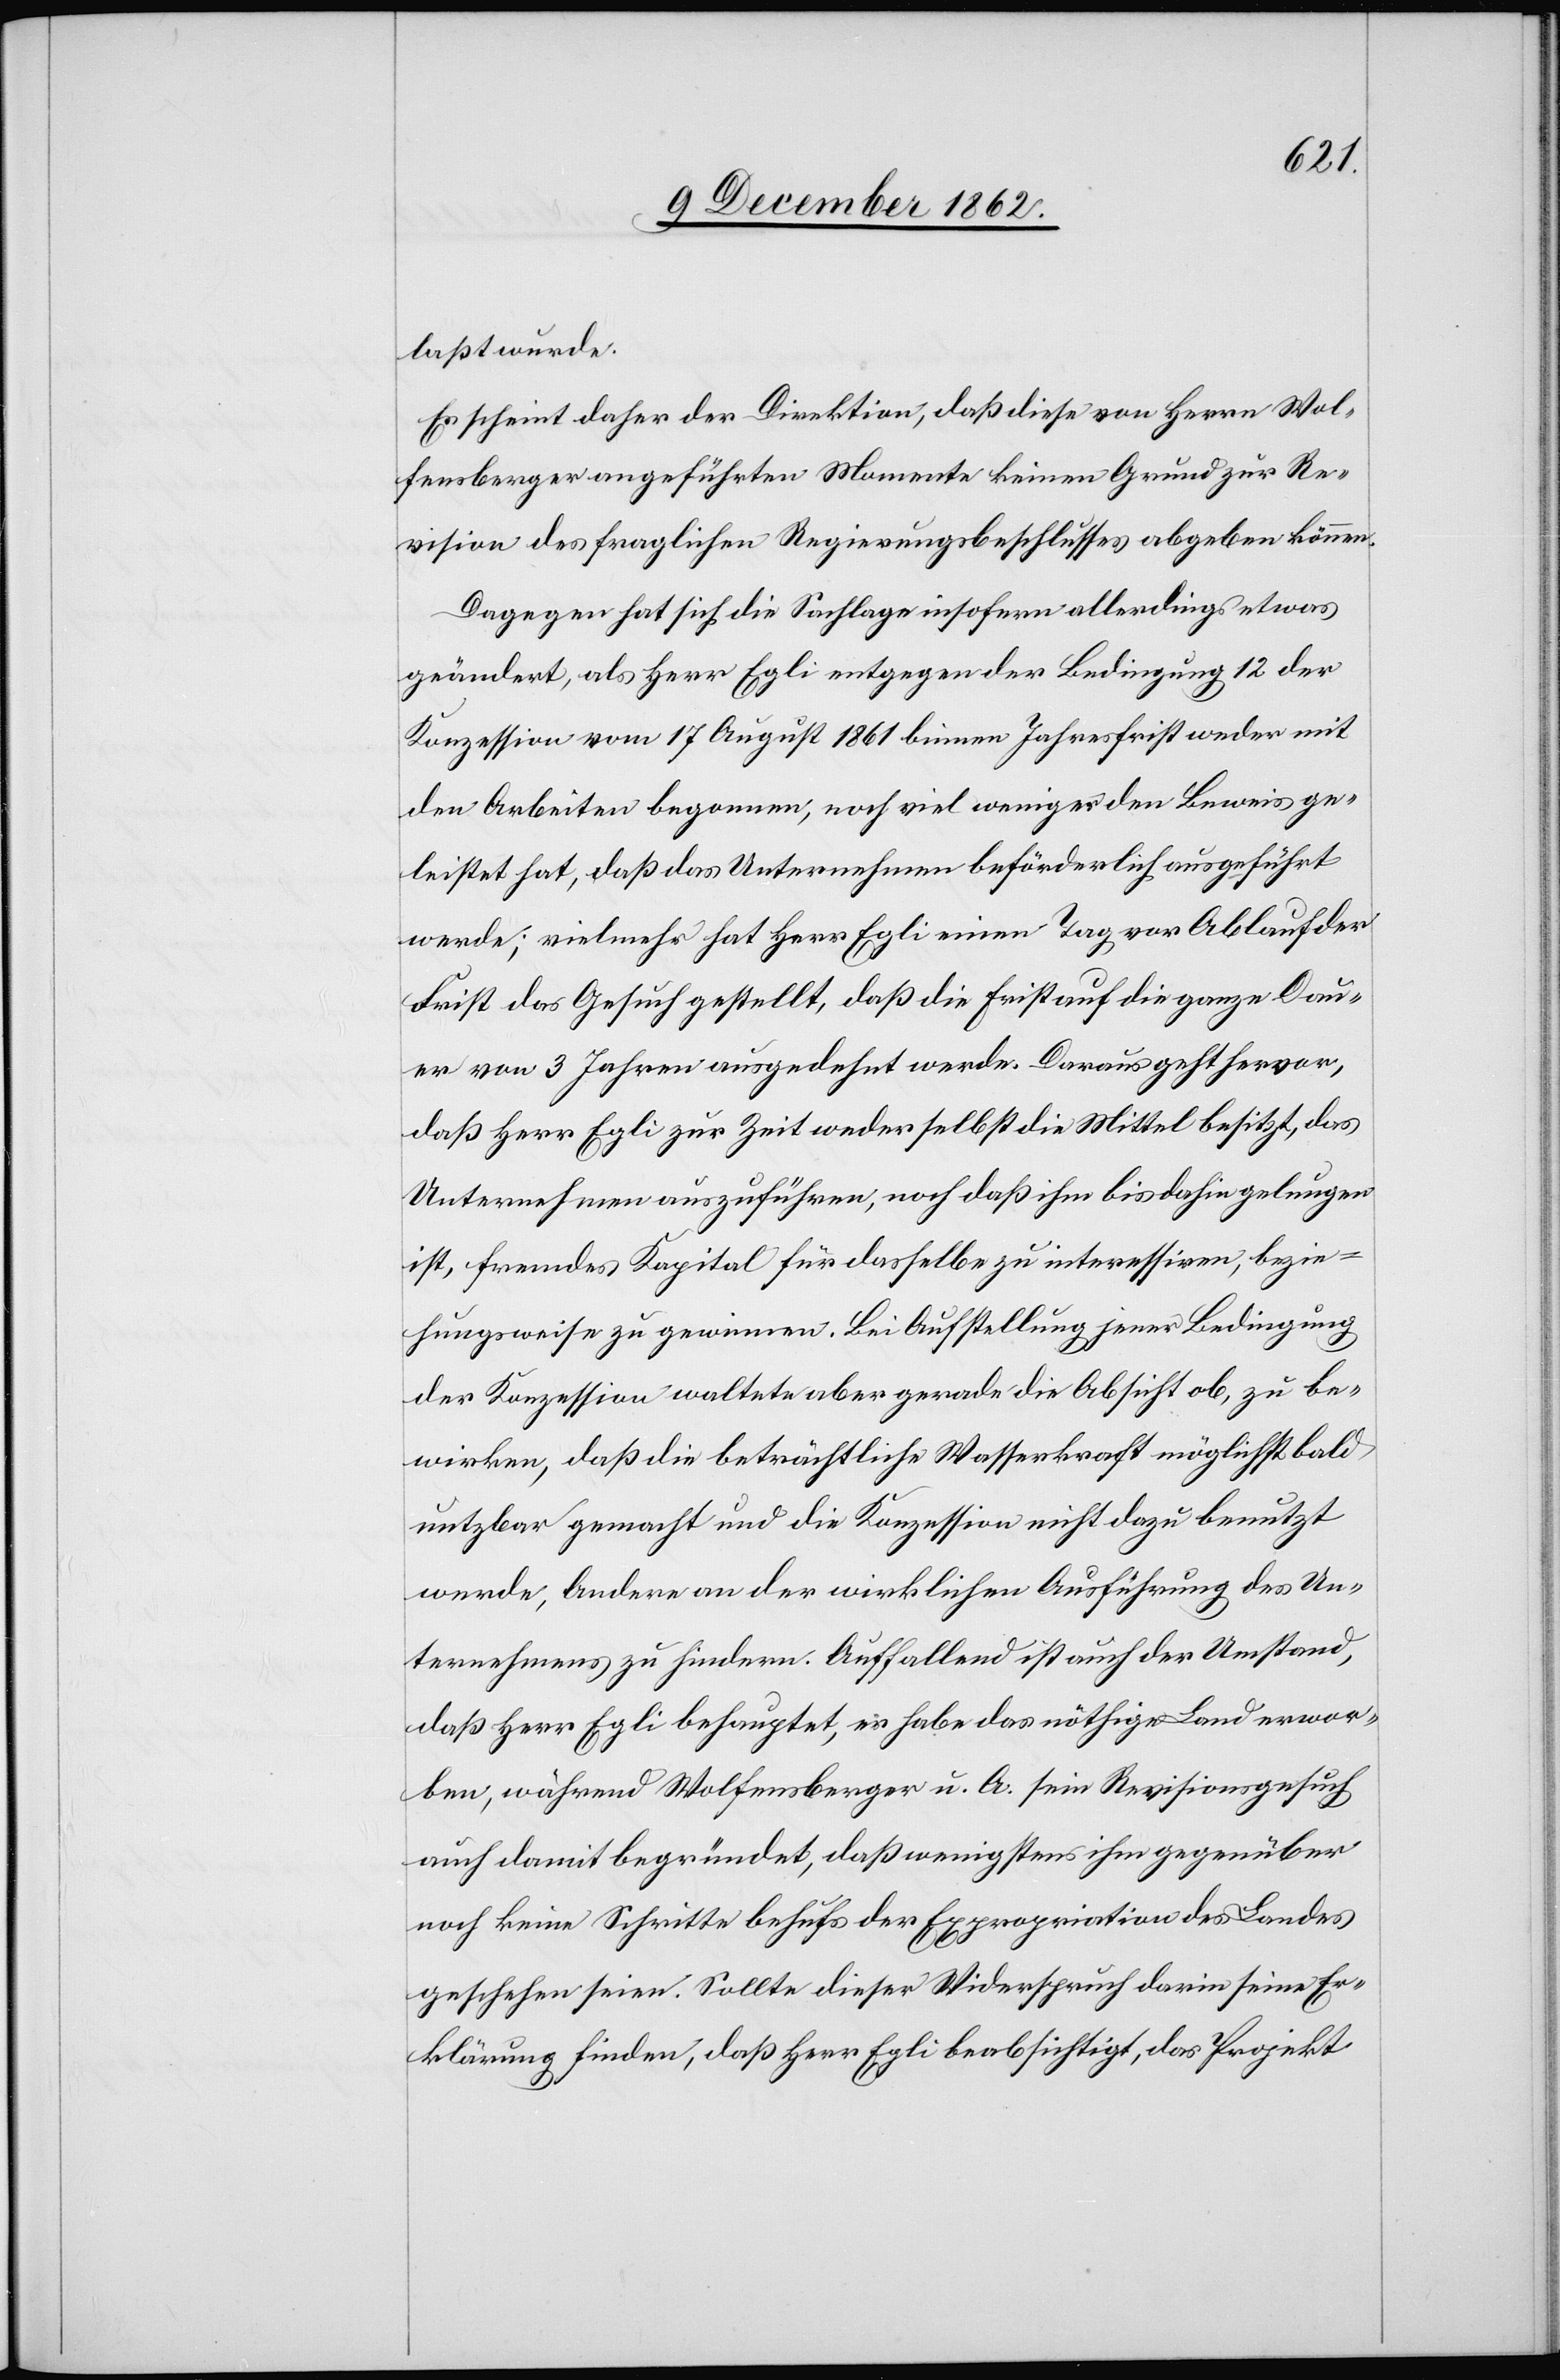
laßt wurde.
Es scheint daher der Direktion, daß diese von Herrn Wol¬
fensberger angeführten Momente keinen Grund zur Re¬
vision des fraglichen Regierungsbeschlusses abgeben können.
Dagegen hat sich die Sachlage insofern allerdings etwas
geändert, als Herr Egli entgegen der Bedingung 12 der
Konzession vom 17. August 1861 binnen Jahresfrist weder mit
den Arbeiten begonnen, noch viel weniger den Beweis ge¬
leistet hat, daß das Unternehmen beförderlich ausgeführt
werde; vielmehr hat Herr Egli einen Tag vor Ablauf der
Frist das Gesuch gestellt, daß die Frist auf die ganze Dau¬
er von 3 Jahren ausgedehnt werde. Daraus geht hervor,
daß Herr Egli zur Zeit weder selbst die Mittel besitzt, das
Unternehmen auszuführen, noch daß ihm bis dahin gelungen
ist, fremdes Kapital für dasselbe zu interessiren, bezie¬
hungsweise zu gewinnen. Bei Aufstellung jener Bedingung
der Konzession waltete aber gerade die Absicht ob, zu be¬
wirken, daß die beträchtliche Wasserkraft möglichst bald
nutzbar gemacht und die Konzession nicht dazu benutzt
werde, Andere an der wirklichen Ausführung des Un¬
ternehmens zu hindern. Auffallend ist auch der Umstand,
daß Herr Egli behauptet, er habe das nöthige Land erwor¬
ben, während Wolfensberger u. A. sein Revisionsgesuch
auch damit begründet, daß wenigstens ihm gegenüber
noch keine Schritte behufs der Expropriation des Landes
geschehen seien. Sollte dieser Widerspruch darin seine Er¬
klärung finden, daß Herr Egli beabsichtigt, das Projekt